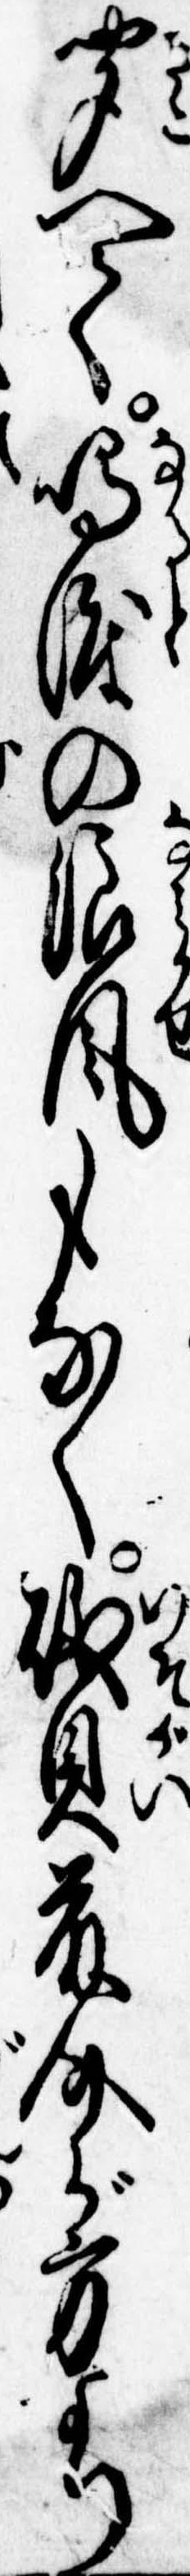
聞へて鳴渡の波風もなく磯貝藤介が方より